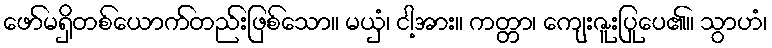
ဖော်မရှိတစ်ယောက်တည်းဖြစ်သော။ မယှံ၊ ငါ့အား။ ကတ္တာ၊ ကျေးဇူးပြုပေ၏။ သွာဟံ၊